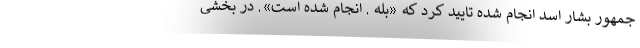
جمهور بشار اسد انجام شده تایید کرد که «بله . انجام شده است». در بخشی